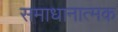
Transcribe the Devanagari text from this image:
समाधानात्मक